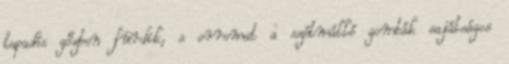
tapadós gőzben fürdik, s orromat a szétmálló gombák sajátságos